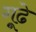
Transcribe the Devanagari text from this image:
गूढे